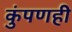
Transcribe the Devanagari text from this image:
कुंपणही